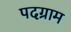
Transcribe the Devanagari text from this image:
पदग्राम